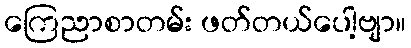
ကြေညာစာတမ်း ဖတ်တယ်ပေါ့ဗျာ။